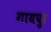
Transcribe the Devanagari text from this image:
गायपुर